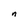
Character: n